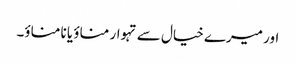
اور میرے خیال سے تہوار مناؤ یا نا مناؤ۔